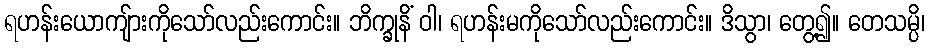
ရဟန်းယောကျ်ားကိုသော်လည်းကောင်း။ ဘိက္ခုနိံ ဝါ၊ ရဟန်းမကိုသော်လည်းကောင်း။ ဒိသွာ၊ တွေ့၍။ တေသမ္ပိ၊